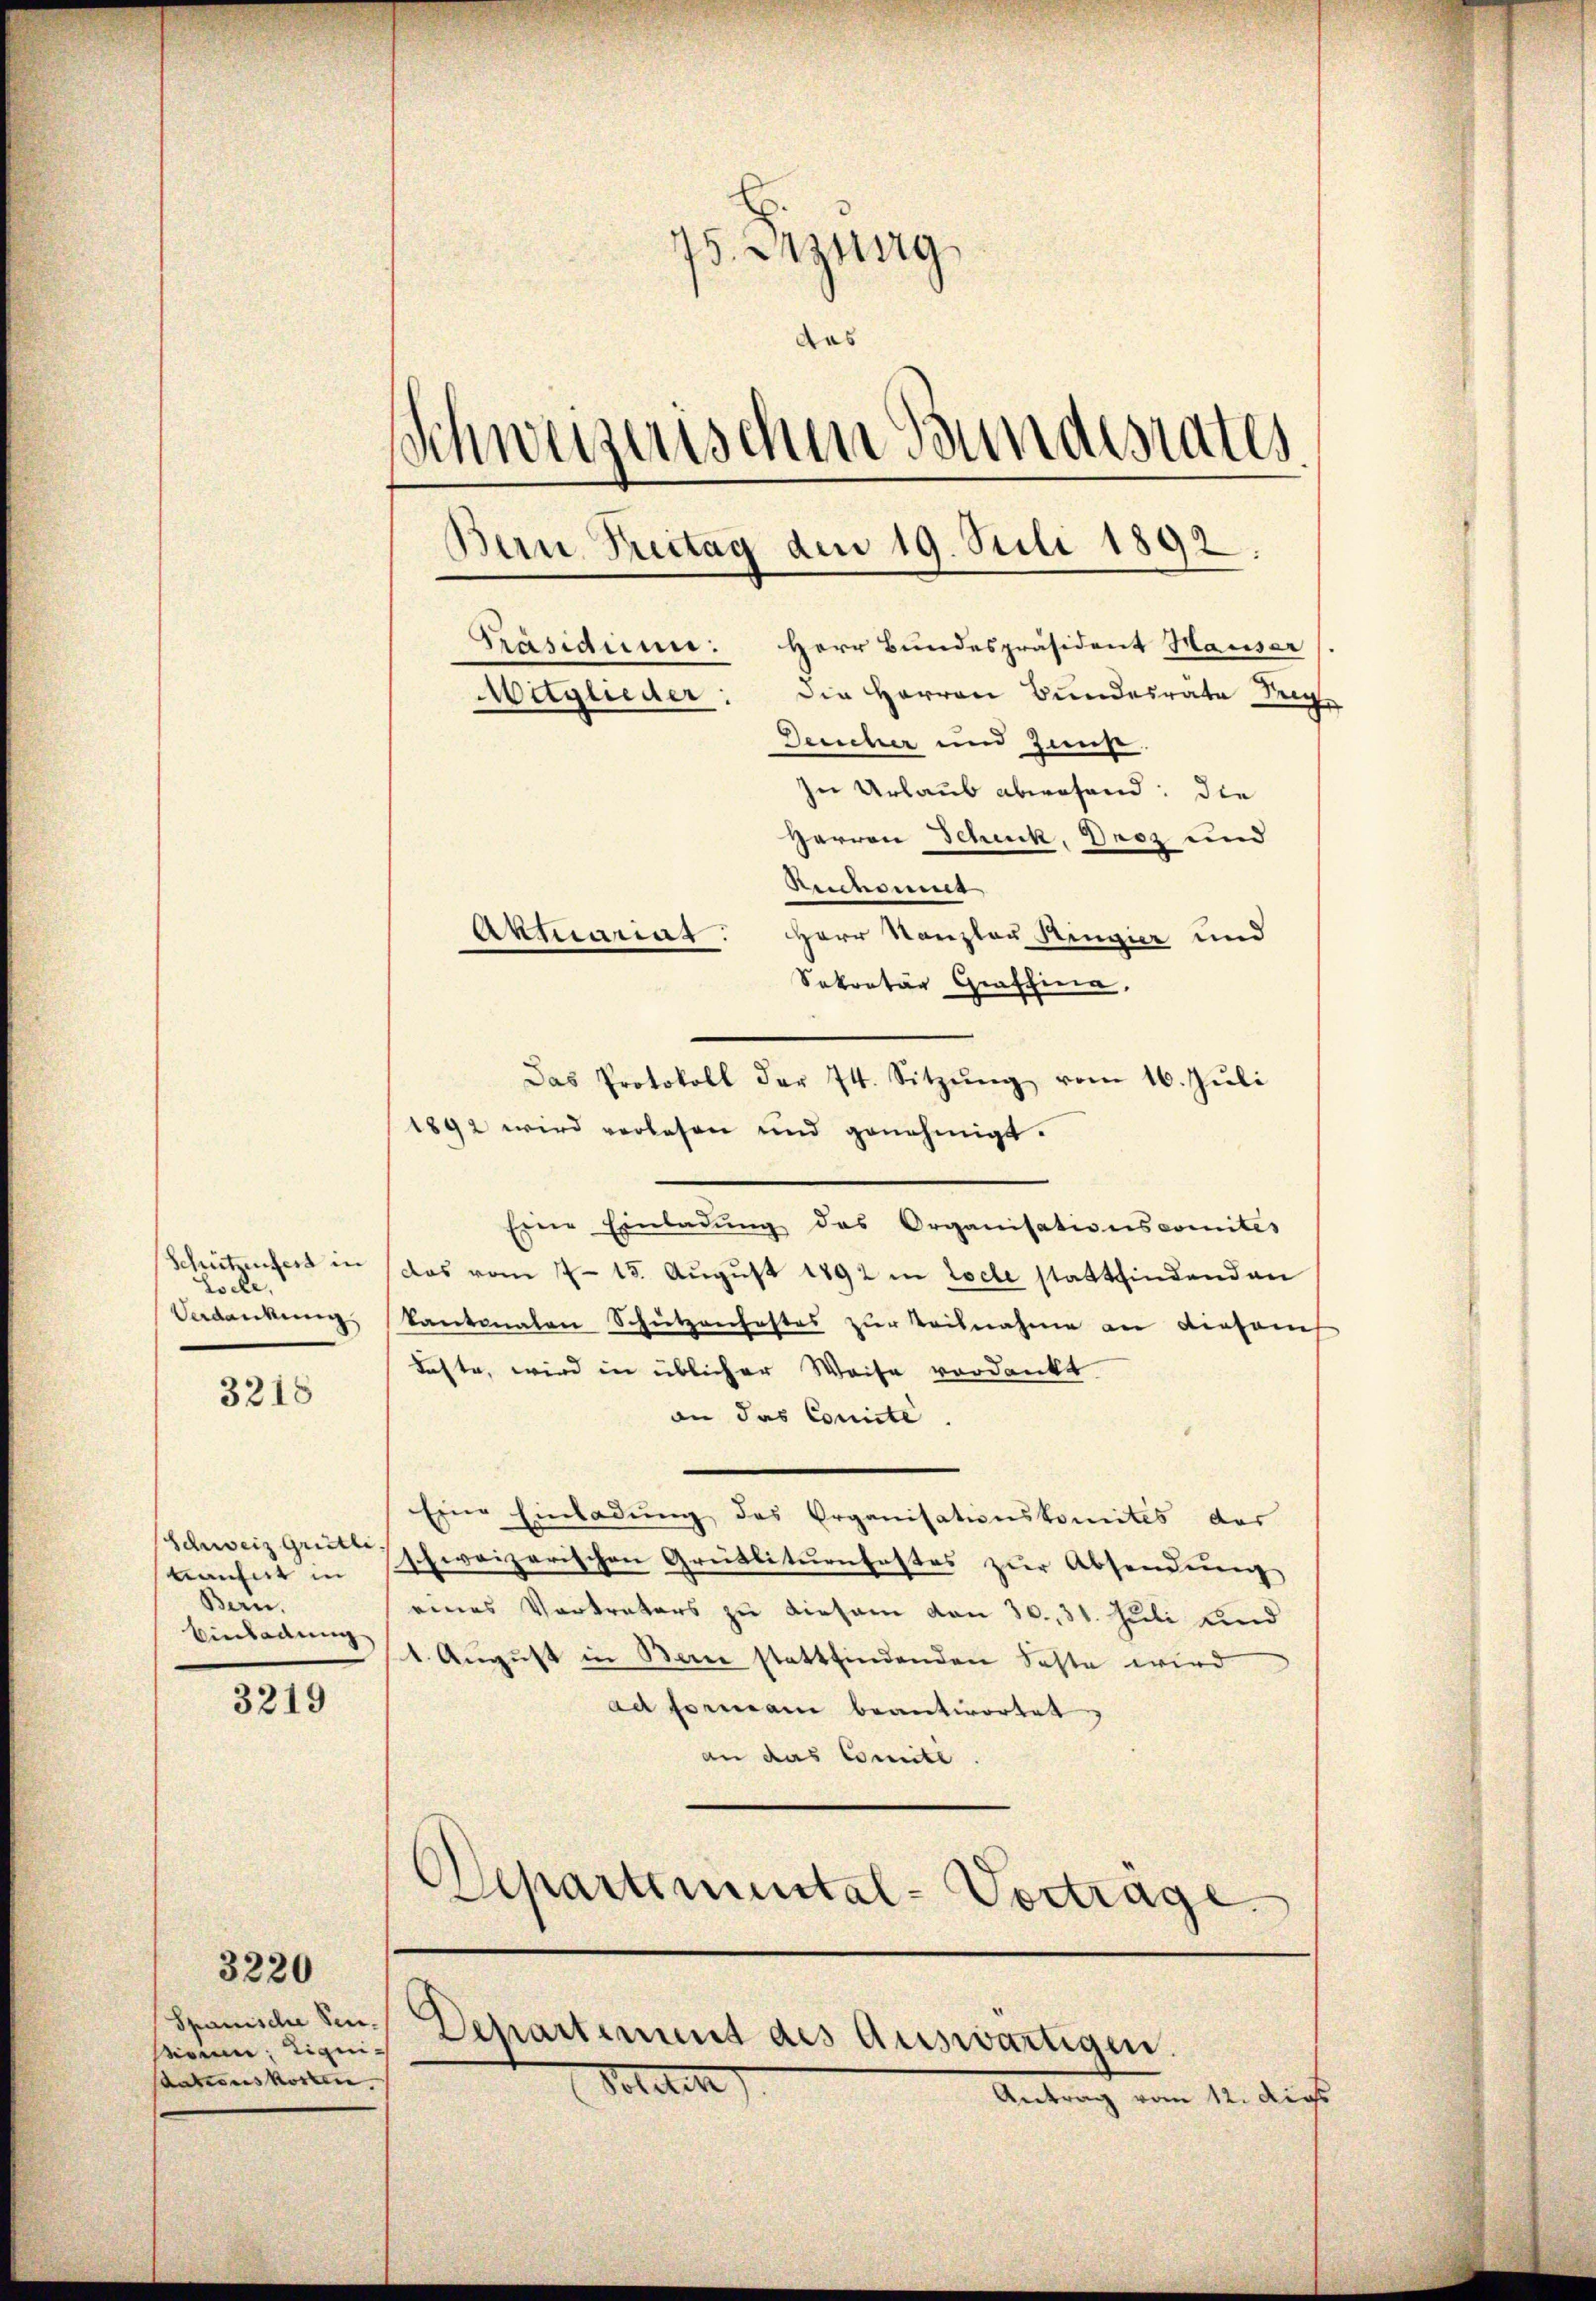
Esche,

3218

kaufert in
Bern.
Einladung

3219

Spanische Sensein Liquisdationskosten.

3220

75. Anzung
das
Schweizerischen Bundesrates.
Bern Bettag den 19. Juli 1892.
Herr Bundespräsident Hauser
Prasidum:
Mitglieder: die Herren Bundesräte Sege
Deucher und Zunft
In Urlaub abwesend: die
Herren Schick, Droz und
Reichung
Aktuariat. Herr Kanzler Ringier und
Sekretär Graffina,

1892 wird verlesen und genehmigt.
Einer Einladŭng des Organisationscomites
Schützenfert in (das vom 7. 15. Aŭgŭst 1892 in Loche stattfindenden
Verdankung Kantonalen Schützenhaftes zur Teilnahme an diesenes
kaste, wird in üblicher Weise verdankt
an das Conicté.
Eine Einladung des Organisationskomites der
schweiz gemisphweizerischen Grübliturnfestes zur Absendung
eines Vertreters zu diesem von 30., 31. Juli und
1. August in Berne stattfindenden Faste wird
ad formani beantwortet
an das Comite.
)
Apartimental-Vorträge.

seten

Departement des Auswärtigen.

Das Protokoll der 74. Sitzŭng vom 16. Jŭli

Antrag vom 12. die